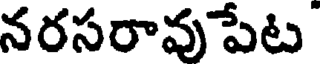
నరసరావుపేట